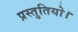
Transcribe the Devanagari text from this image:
प्रस्तुतियो।